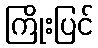
ကြိုးပြင်